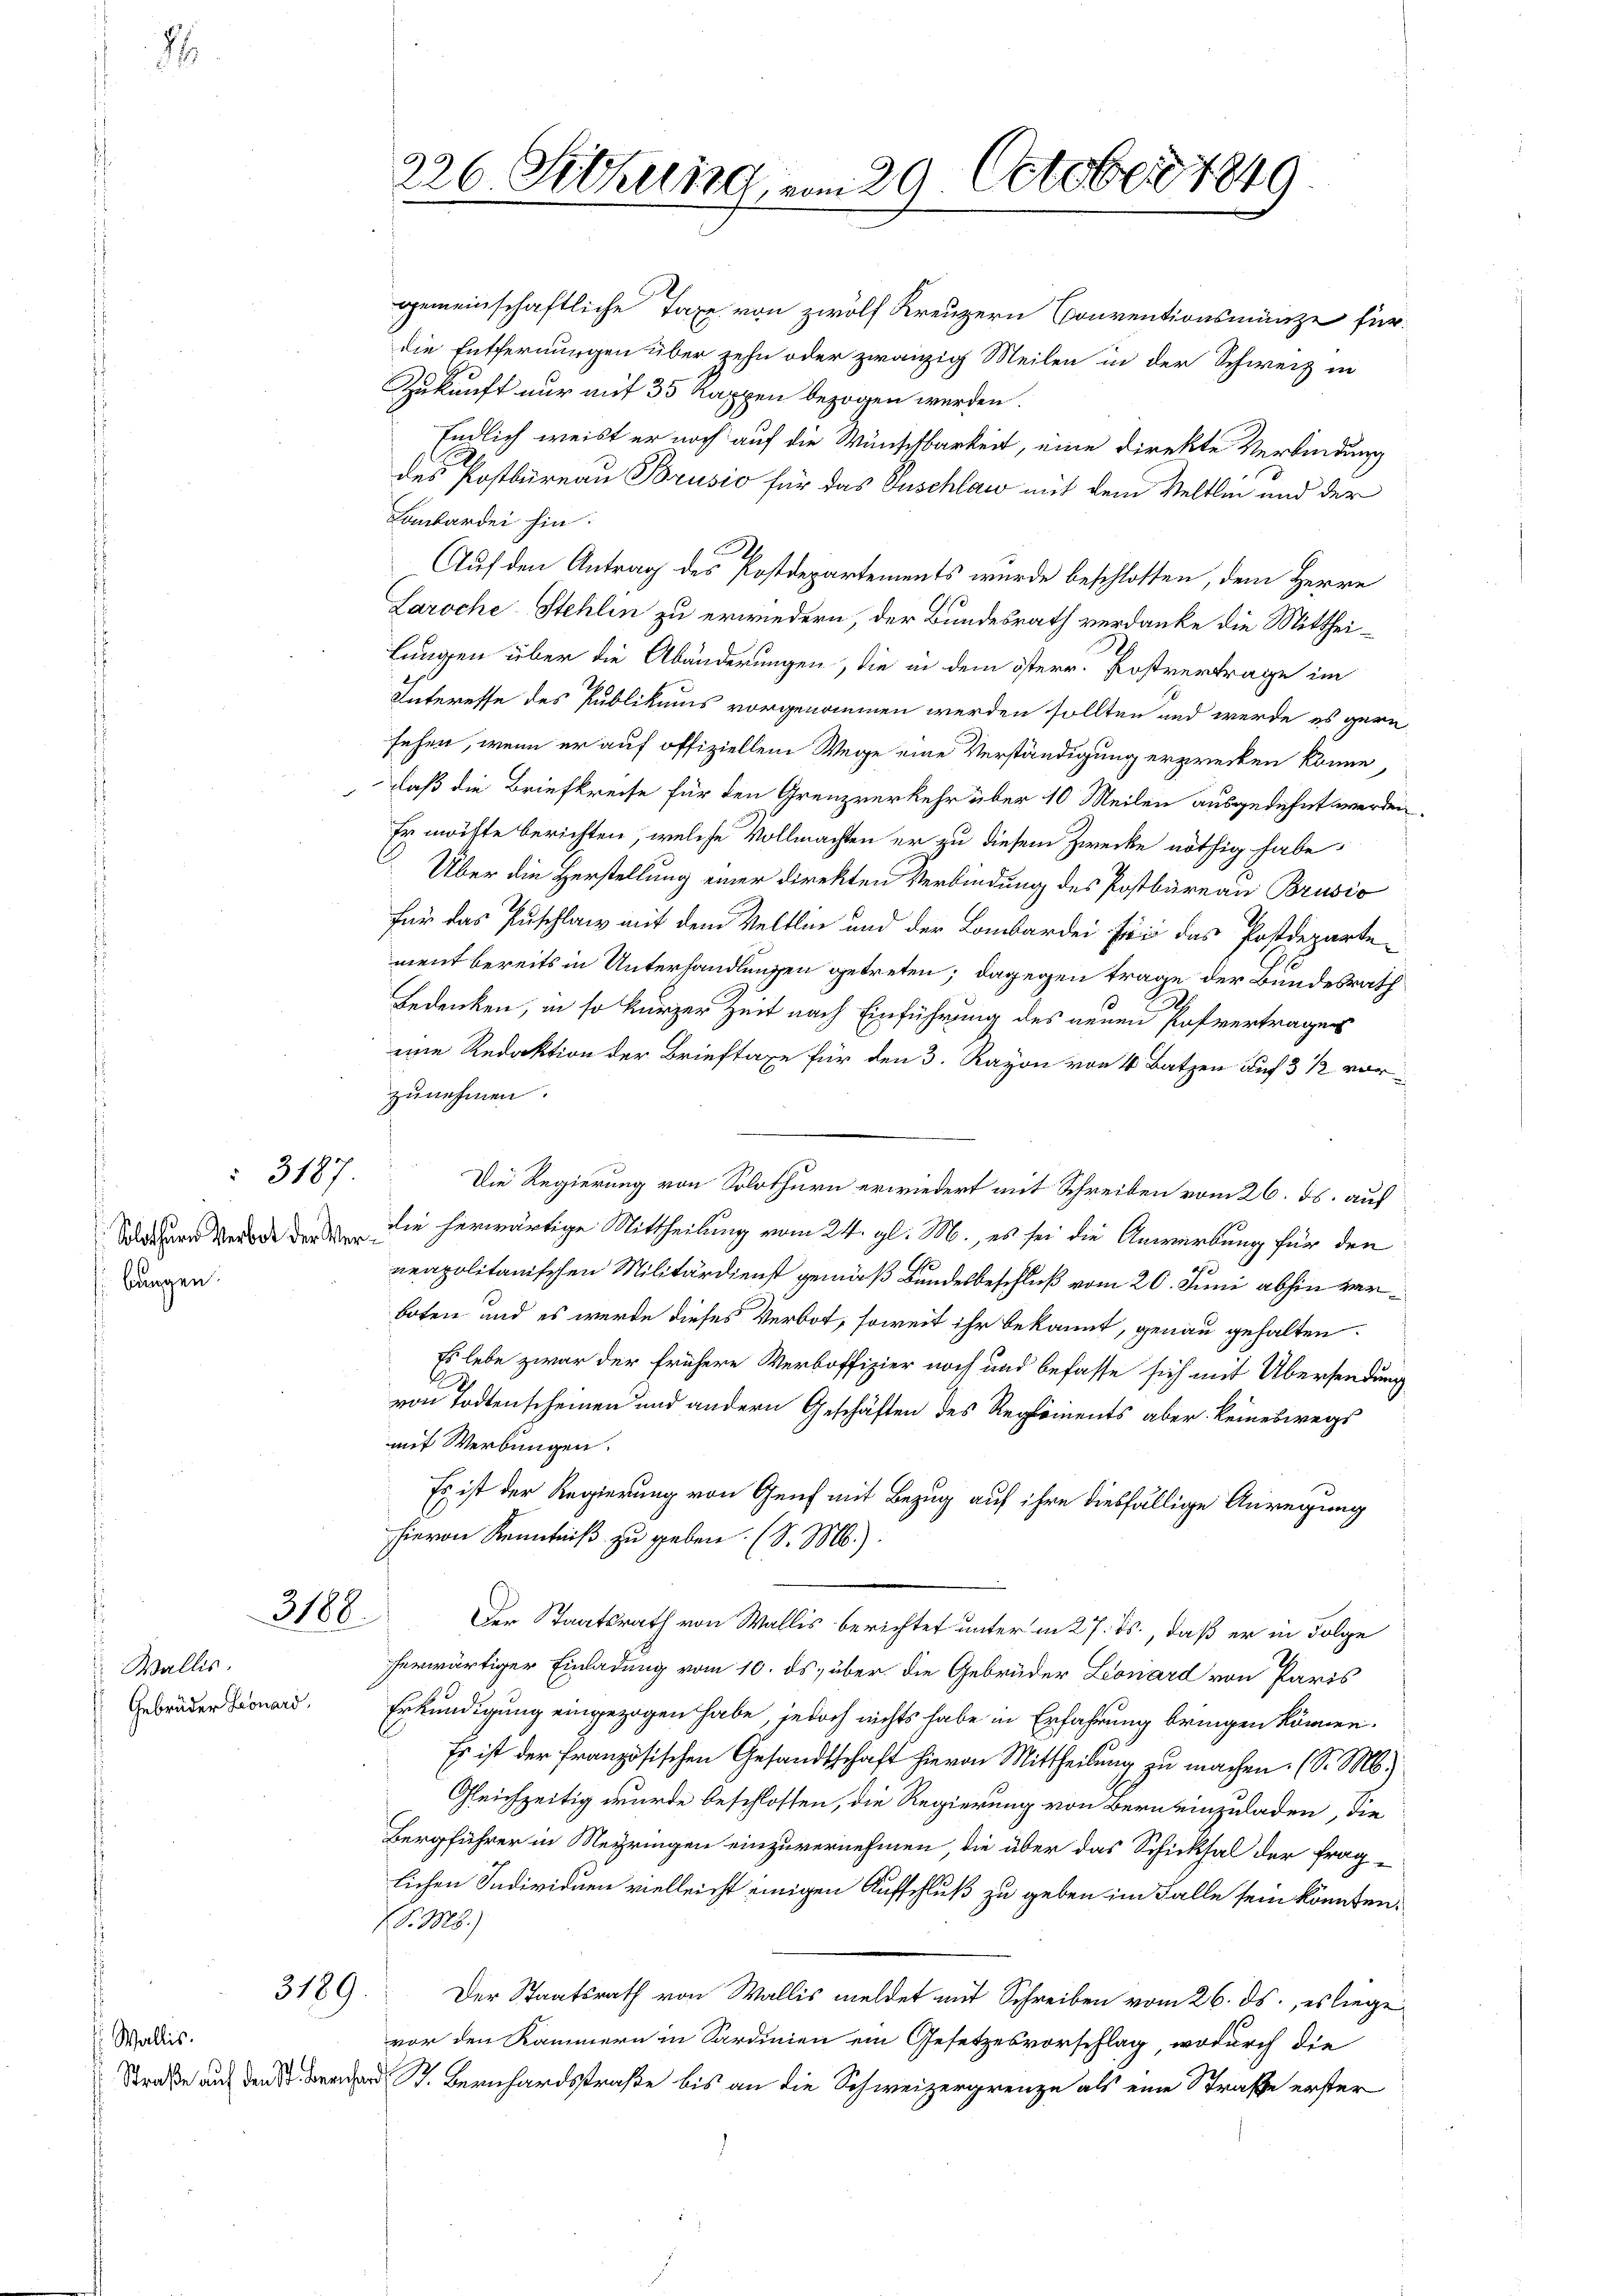
7

bungen.

Solothurn Verbot der Ver¬

Wallis.
Gebrüder Leonard,

3188.

3189.

Wallis.
Straße auf den St. Ber

gemeinschaftliche Taxe von zwölf Kreuzern Conventionsmänze für
die Entfernungen über zehn oder zwanzig Meilen in der Schweiz in
Zukunft nur auf 35 Rappen bezogen werden.
Endlich weist er noch auf die Wünschbarkeit, eine direkte Verbindung
des Postbureau Brusio für das Puschlaw mit dem Veltlin und der
Lombardei hin.
Auf den Antrag des Postdepartements wurde beschlossen, dem Herrn
Laroche Stehlin zu erwiedern, der Bundesrath verdanke die Mittheilungen über die Abänderungen, die in dem österr. Postvertrage im
Interesse des Publikums vorgenommen werden sollten und werde es gern
sehen, wenn er auf offiziellem Wege eine Verständigung erzwecken könne,
daß die Briefkreise für den Grenzverkehr über 10 Meilen ausgedehnt werden.
Er möchte berichten, welche Vollmachten er zu diesem Zwecke nöthig habe
Über die Herstellung einer direkten Verbindung des Postbureau Brusio
für das Puschlanz mit dem Veltlin und der Lombardei sei das Postdeparte
ment bereits in Unterhandlungen getreten; dagegen trage der Bundesrath
Bedenken, in so kurzer Zeit nach Einführung des neuen Pofvertragen
eine Redaktion der Brieftaxe für den 3. Rayon von 4 Batzen auf 3 ½ vorzunehmen.
" 3187. Die Regierung von Solothurn erwiedert mit Schreiben vom 26. ds. auf
die herwärtige Mittheilung vom 24. gl. M., es sei die Anwerbung für den
1
neapolitanischen Militärdienst gemäß Bundesbeschluß vom 20. Juni abhin verboten und es werde dieses Verbot, soweit ihr bekannt, genau gehalten.
Es lebe zwar der frühere Verboffizier noch und befasse sich mit Übersendung
von Todtenscheinen und andern Geschäften des Reglements aber keineswegs
mit Werbungen.
Es ist der Regierung von Genf mit Bezug auf ihre diesfällige Anregung
hievon Kenntniß zu geben. (l. M.):
Der Staatsrath von Wallis berichtet unter in 27. ds., daß er in Folge
herwärtiger Einladung vom 10. ds. über die Gebrüder Leonard von Paris
Erkundigung eingezogen habe, jedoch nichts habe in Erfahrung bringen können.
Es ist der Französischen Gesandtschaft hievon Mittheilung zu machen. (S. M.
Gleichzeitig wurde beschlossen, die Regierung von Bern einzuladen, die
Bergführer in Meyringen einzuvernehmen, die über das Schicksal der fraglichen Individuen vielleicht einigen Aufschluß zu geben im Falle sein könnten.
P. M.)
Der Staatsrath von Wallis meldet mit Schreiben vom 26. ds., es liege
vor den Kammern in Sardinien ein Gesetzesvorschlag, wodurch die
ad B. Bernhardsstraße bis an die Schweizergrenze als eine Straße erster

226. Sitzung, vom 29. October 1849